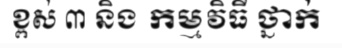
ខ្ពស់ ៣ និង កម្មវិធី ថ្នាក់